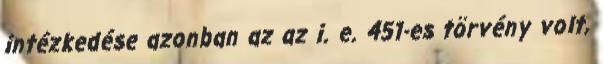
intézkedése azonban az az i. e. 451-es törvény volt,